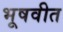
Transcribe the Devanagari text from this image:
भूषवीत